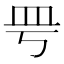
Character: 𥀿